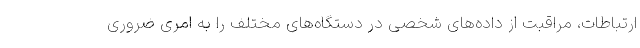
ارتباطات، مراقبت از داده‌های شخصی در دستگاه‌های مختلف را به امری ضروری